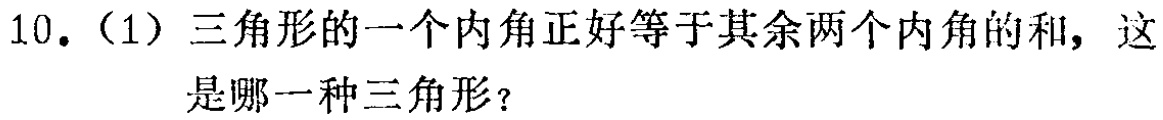
10.（1）三角形的一个内角正好等于其余两个内角的和，这是哪一种三角形？